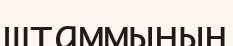
штаммының